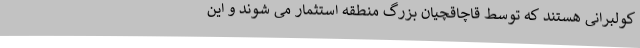
کولبرانی هستند که توسط قاچاقچیان بزرگ منطقه استثمار می شوند و این